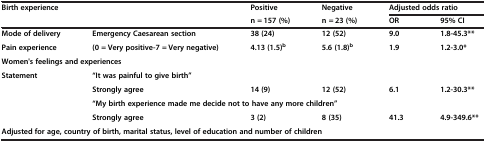
| <COLSPAN=2> Birth experience | Positive | Negative | <COLSPAN=2> Adjusted odds ratio |
 |  |  | n = 157 (%) | n = 23 (%) | OR | 95% CI |
 | --- | --- | --- | --- | --- | --- |
 | Mode of delivery | Emergency Caesarean section | 38 (24) | 12 (52) | 9.0 | 1.8-45.3** |
 | Pain experience | (0 = Very positive-7 = Very negative) | 4.13 (1.5)b | 5.6 (1.8)b | 1.9 | 1.2-3.0* |
 | <COLSPAN=6> Women's feelings and experiences |
 | Statement | “It was painful to give birth” |  |  |  |  |
 |  | Strongly agree | 14 (9) | 12 (52) | 6.1 | 1.2-30.3** |
 |  | <COLSPAN=5> “My birth experience made me decide not to have any more children” |
 |  | Strongly agree | 3 (2) | 8 (35) | 41.3 | 4.9-349.6** |
 | <COLSPAN=6> Adjusted for age, country of birth, marital status, level of education and number of children |